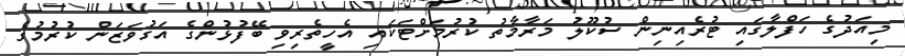
މިއަދުގެ ހަފްލާގައި ޓުރެއިނިން ސުކޫލު މަރާމާތު ކުރުމަށްޓަކައި އެހީތެރިވި ބޭފުޅުންގެ އަގުވަޒަން ކުރުމުގެ